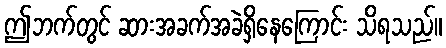
ဤဘက်တွင် ဆားအခက်အခဲရှိနေကြောင်း သိရသည်။